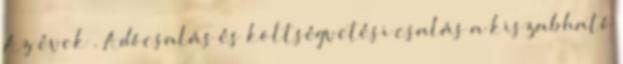
Az évek . Adócsalás és költségvetési csalás a kiszabható